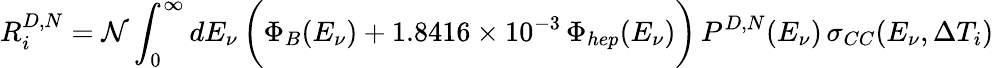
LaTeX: R_{i}^{D,N}={{\mathcal{N}}}\int_{0}^{\infty}dE_{\nu}\, \bigg(\Phi_{B}(E_{\nu})+1.8416\times 10^{-3}\, \Phi_{hep}(E_{\nu})\bigg)\, P^{D,N}(E_{\nu})\, \sigma_{CC}(E_{\nu},\Delta T_{i})\,